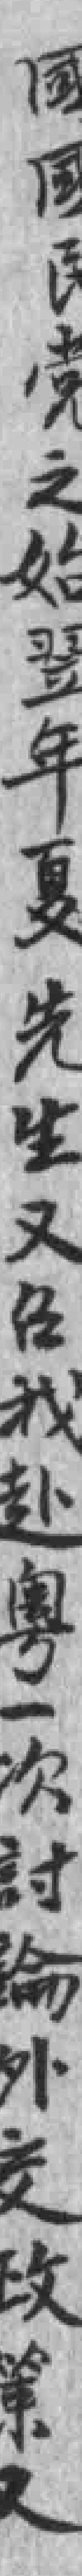
國國民党之始翌年夏先生又召我赴粤一次討論外交政第又